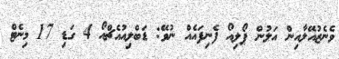
ވެނެޒުއޭލާއިން އަލުން ޕޯލިއޯ ފެނިފައެއް ނުވޭ: ޑަބްލިއުއެޗްއޯ 4 ގަޑި 17 މިނެޓް